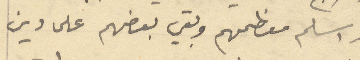
قد اسلم معظمهم وبقي بعضهم على دين